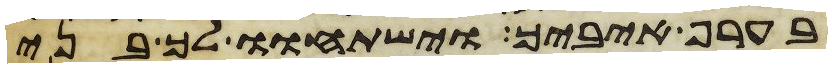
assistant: בערף איביך ישתחוו לך בני